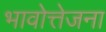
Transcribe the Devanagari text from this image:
भावोत्तेजना